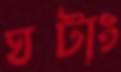
ঘটাং